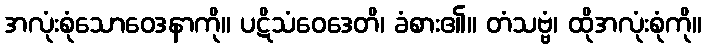
အလုံးစုံသောဝေဒနာကို။ ပဋိသံဝေဒေတိ၊ ခံစား၏။ တံသဗ္ဗံ၊ ထိုအလုံးစုံကို။